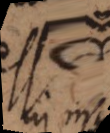
esse